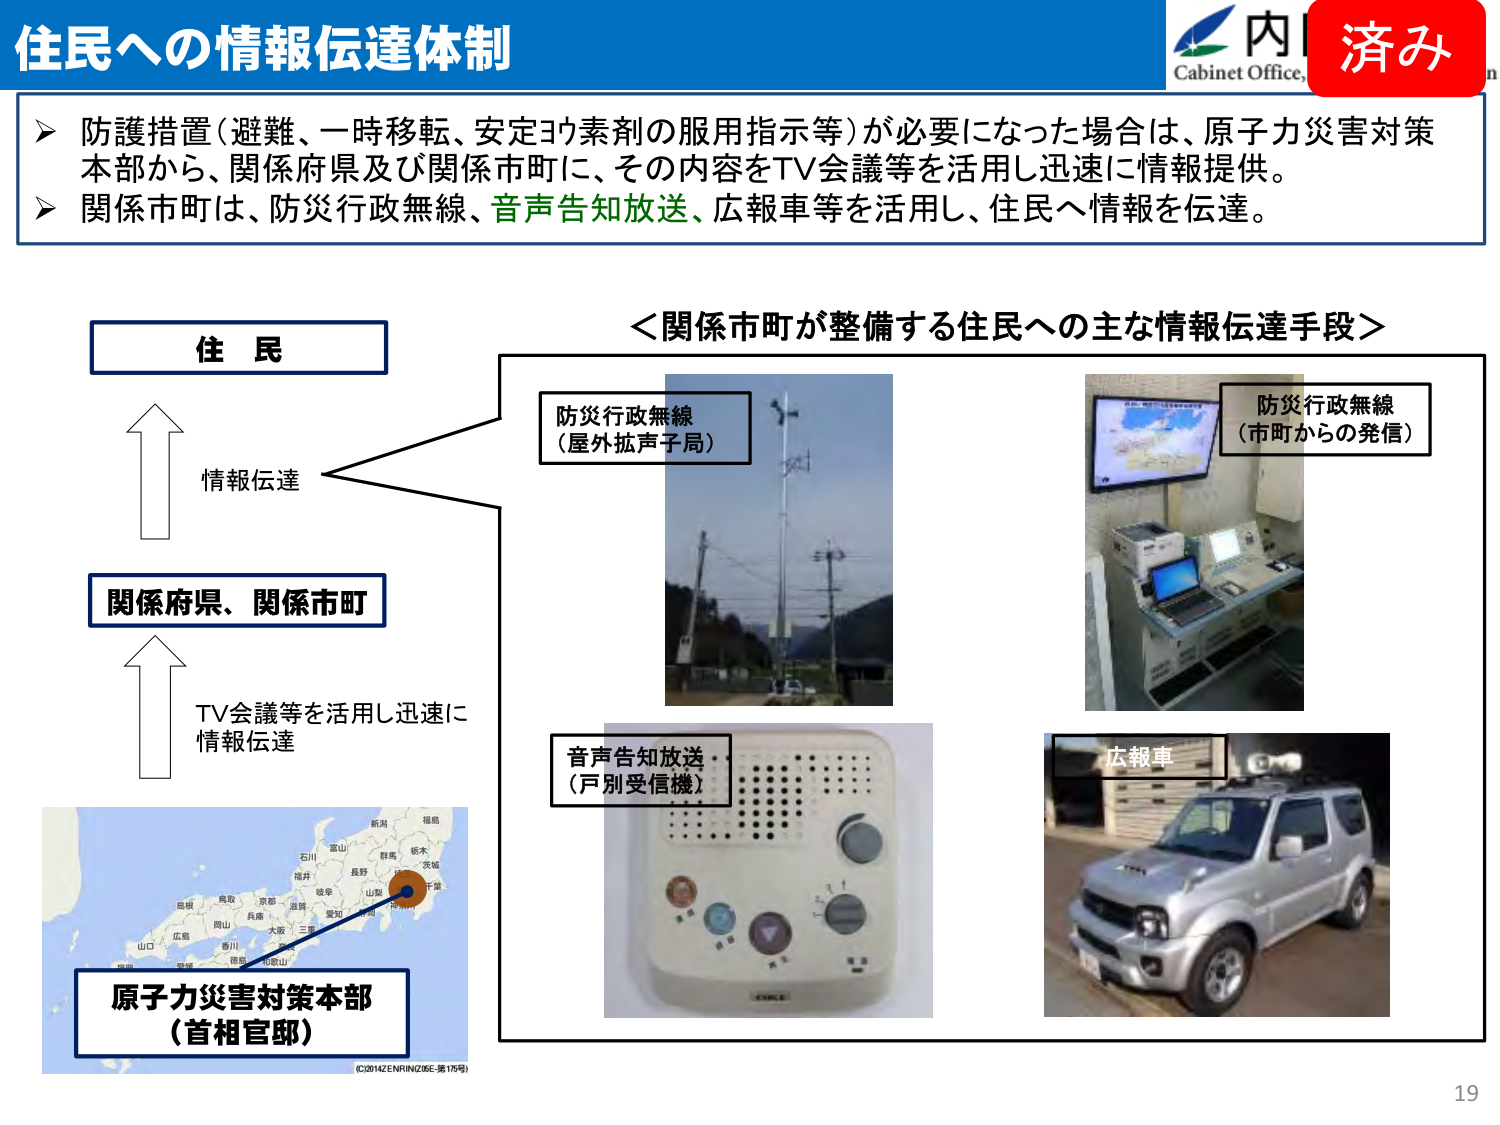
住民への情報伝達体制

防護措置（避難、一時移転、安定ヨウ素剤の服用指示等）が必要になった場合は、原子力災害対策本部から、関係府県及び関係市町に、その内容をTV会議等を活用し迅速に情報提供。
関係市町は、防災行政無線、音声告知放送、広報車等を活用し、住民へ情報を伝達。

＜関係市町が整備する住民への主な情報伝達手段＞

住民
情報伝達
関係府県、関係市町
TV会議等を活用し迅速に
情報伝達
原子力災害対策本部
（首相官邸）

防災行政無線
（屋外拡声子局）

防災行政無線
（市町からの発信）

音声告知放送
（戸別受信機）

広報車

(C)2014ZENRIN(Z6E-第175号)

内
Cabinet Office
済み

19